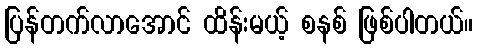
ပြန်တက်လာအောင် ထိန်းမယ့် စနစ် ဖြစ်ပါတယ်။